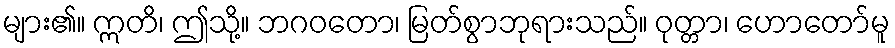
များ၏။ ဣတိ၊ ဤသို့။ ဘဂဝတော၊ မြတ်စွာဘုရားသည်။ ဝုတ္တာ၊ ဟောတော်မူ